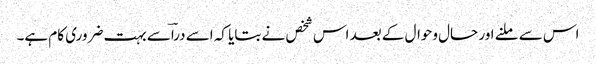
اس سے ملنے اور حال وحوال کے بعد اس شخص نے بتایا کہ اسے دراؔسے بہت ضروری کام ہے۔